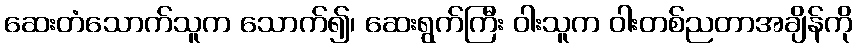
ဆေးတံသောက်သူက သောက်၍၊ ဆေးရွက်ကြီး ဝါးသူက ဝါးတစ်ညတာအချိန်ကို